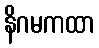
နိဂမကထာ